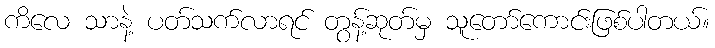
ကိလေ သာနဲ့ ပတ်သက်လာရင် တွန့်ဆုတ်မှ သူတော်ကောင်းဖြစ်ပါတယ်။